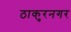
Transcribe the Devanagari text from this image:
ठाकुरनगर